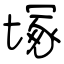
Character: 塚